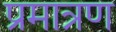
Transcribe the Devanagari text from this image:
प्रमात्रण